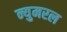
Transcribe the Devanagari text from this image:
न्युमरल